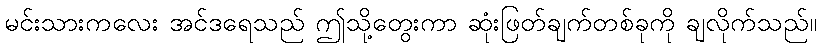
မင်းသားကလေး အင်ဒရေသည် ဤသို့တွေးကာ ဆုံးဖြတ်ချက်တစ်ခုကို ချလိုက်သည်။